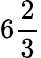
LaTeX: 6{\frac{2}{3}}